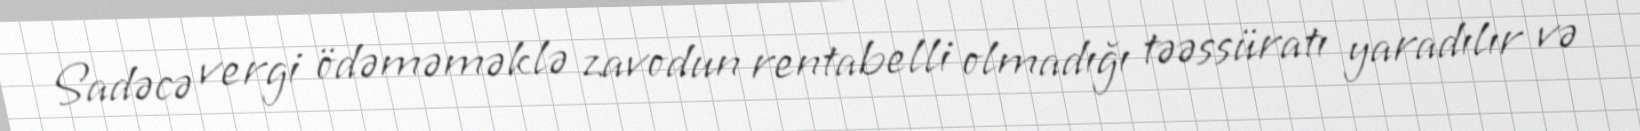
Sadəcə vergi ödəməməklə zavodun rentabelli olmadığı təəssüratı yaradılır və